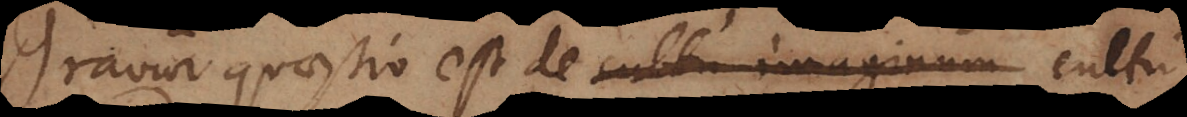
ravior quaestio est de cultu imaginum